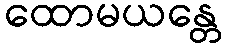
ထောမယန္တေ